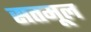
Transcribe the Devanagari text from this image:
सतमूल